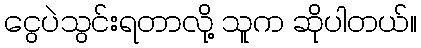
ငွေပဲသွင်းရတာလို့ သူက ဆိုပါတယ်။